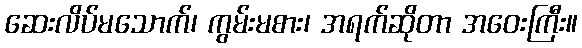
ဆေးလိပ်မသောက်၊ ကွမ်းမစား၊ အရက်ဆိုတာ အဝေးကြီး။